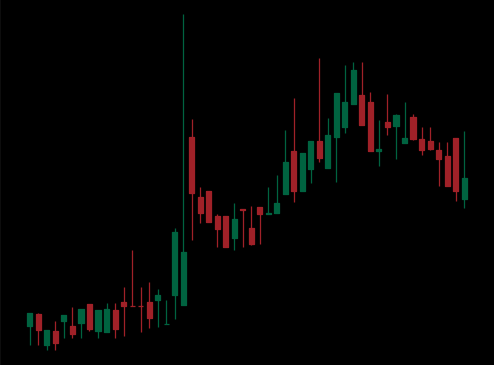
Pattern: bear_flag